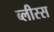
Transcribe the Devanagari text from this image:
ब्लीस्स